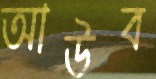
আউব